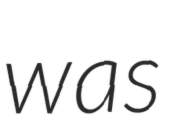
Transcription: was